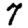
Digit: 7